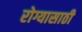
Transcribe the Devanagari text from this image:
रोग्यासाठी